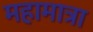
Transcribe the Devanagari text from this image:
महामात्रा